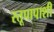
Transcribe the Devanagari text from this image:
स्तूपापाशी